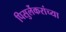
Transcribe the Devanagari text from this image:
पिसुर्लेकरांच्या